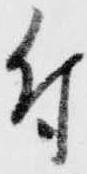
付